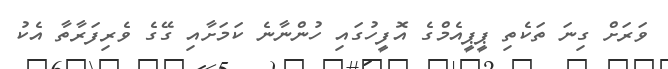
ވަރަށް ގިނަ ތަކެތި ޕީޕީއެމްގެ އޮފީހުގައި ހުންނާނެ ކަމަށާއި ގޭގެ ވެރިފަރާތާ އެކު